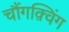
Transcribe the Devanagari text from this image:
चौंगक़्विंग